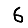
Digit: 6